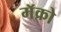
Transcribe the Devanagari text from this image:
मॅक्रो